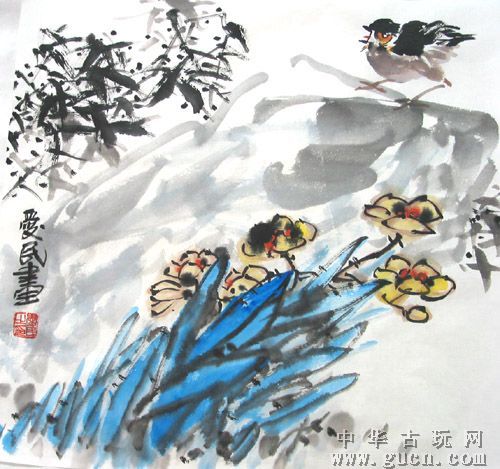
爱民者强，不爱民者弱